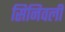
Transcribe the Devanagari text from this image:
सिनिवली